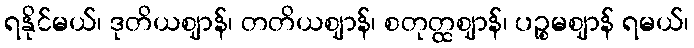
ရနိုင်မယ်၊ ဒုတိယဈာန်၊ တတိယဈာန်၊ စတုတ္ထဈာန်၊ ပဉ္စမဈာန် ရမယ်၊